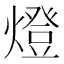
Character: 燈